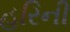
હરિની